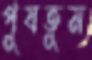
পুষতুম